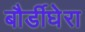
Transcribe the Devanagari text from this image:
बौर्डीघेरा